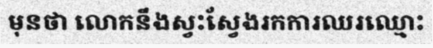
មុនថា លោកនឹងស្វះស្វែងរកការឈរឈ្មោះ